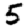
Digit: 5